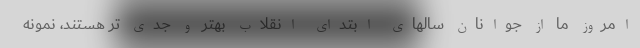
امروز ما از جوانان سالهای ابتدای انقلاب بهتر و جدی تر هستند، نمونه